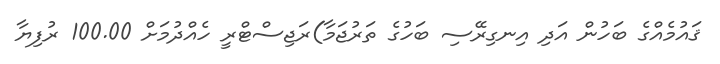
ޤައުމެއްގެ ބަހުން އަދި އިނގިރޭސި ބަހުގެ ތަރުޖަމާ)ރަޖިސްޓްރީ ހެއްދުމަށް 100.00 ރުފިޔާ